Development of the parasite of Indian kala azar - Number 53
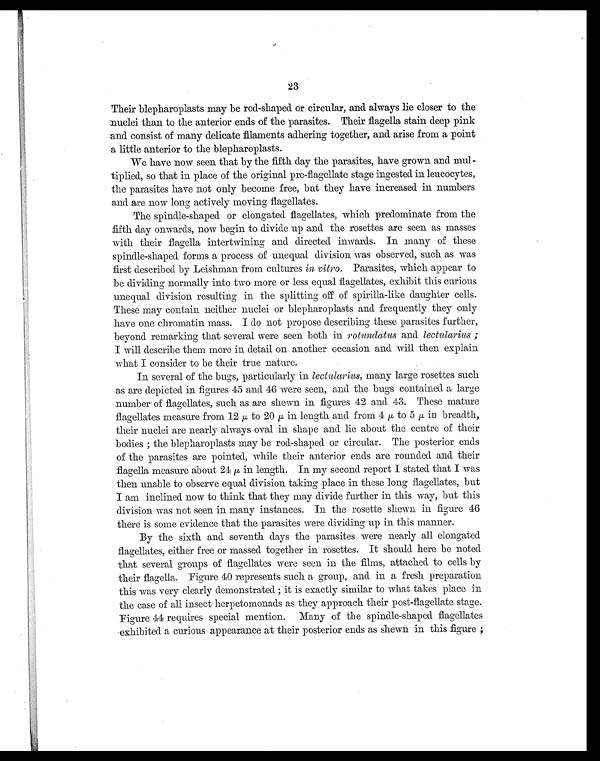
23
Their blepharoplasts may be rod-shaped or circular, and always lie closer to the
nuclei than to the anterior ends of the parasites. Their flagella stain deep pink
and consist of many delicate filaments adhering together, and arise from a point
a little anterior to the blepharoplasts.
We have now seen that by the fifth day the parasites, have grown and mul-
tiplied, so that in place of the original pre-flagellate stage ingested in leucocytes,
the parasites have not only become free, bat they have increased in numbers
and are now long actively moving flagellates.
The spindle-shaped or elongated flagellates, which predominate from the
f i f t h d a y o n w a r d s , n o w b e g i n t o d i v i d e u p a n d t h e r o s e t t e s a r e s e e n a s m a s s e s
with their flagella intertwining and directed inwards. In many of these
spindle-shaped forms a process of unequal division was observed, such as was
first described by Leishman from cultures in vitro. Parasites, which appear to
be dividing normally into two more or less equal flagellates, exhibit this curious
unequal division resulting in the splitting off of spirilla-like daughter cells.
These may contain neither nuclei or blepharoplasts and frequently they only
have one chromatin mass. I do not propose describing these parasites further,
beyond remarking that several were seen both in rotundatus and lectularus ;
I will describe them more in detail on another occasion and will then explain
what I consider to be their true nature.
In several of the bugs, particularly in lectularius, many large rosettes such
as are depicted in figures 45 and 46 were seen, and the bugs contained a large
number of flagellates, such as are shewn in figures 42 and 43. These mature
flagellates measure from 12 to 20 µ in length and from 4 µ to 5 µ in breadth,
their nuclei are nearly always oval in shape and lie about the centre of their
bodies ; the blepharoplasts may be rod-shaped or circular. The posterior ends
of the parasites are pointed, while their anterior ends are rounded and their
flagella measure about 21 µ in length. In my second report I stated that I was
then unable to observe equal division taking place in these long flagellates, but
I am inclined now to think that they may divide further in this way, but this
division was not seen in many instances. In the rosette shewn in figure 46
there is some evidence that the parasites were dividing up in this manner.
By the sixth and seventh days the parasites were nearly all elongated
flagellates, either free or massed together in rosettes. It should here be noted
that several groups of flagellates were seen in the films, attached to cells by
their flagella. Figure 40 represents such a group, and in a fresh preparation
this was very clearly demonstrated ; it is exactly similar to what takes place in
the case of all insect herpetomonads as they approach their post-flagellate stage.
Figure 41 requires special mention. Many of the spindle-shaped flagellates
exhibited a curious appearance at their posterior ends as shewn in this figure ;